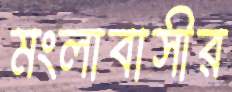
মংলাবাসীর